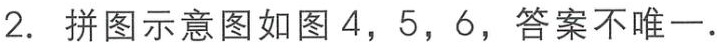
2. 拼图示意图如图4，5，6，答案不唯一.